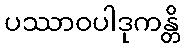
ပဿာဝပါဒုကန္တိ